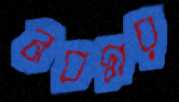
নবদ্বার